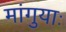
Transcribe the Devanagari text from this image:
मांगुयाः